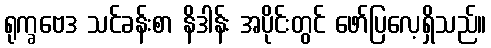
ရုက္ခဗေဒ သင်ခန်းစာ နိဒါန်း အပိုင်းတွင် ဖော်ပြလေ့ရှိသည်။